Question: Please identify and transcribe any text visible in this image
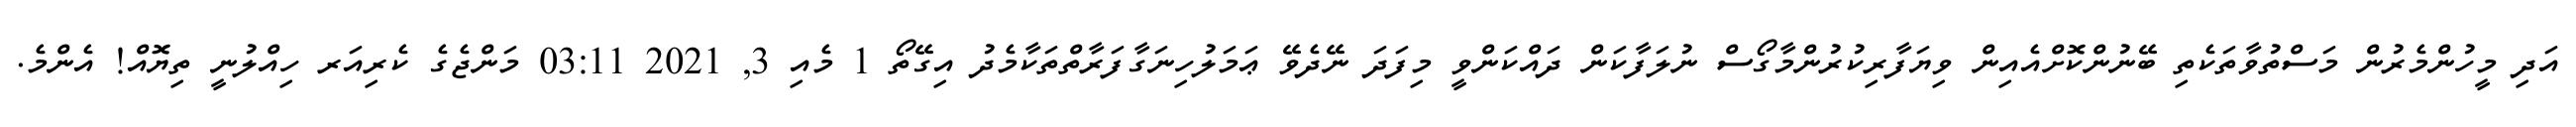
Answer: އަދި މީހުންމެރުން މަސްތުވާތަކެތި ބޭނުންކޮށްއެއިން ވިޔަފާރިކުރުންމާގޯސް ނުލަފާކަން ދައްކަންވީ މިފަދަ ނޭދެވޭ ޢަމަލުހިނަގާފަރާތްތަކާމެދު އިގޭތޯ 1 މެއި 3, 2021 03:11 މަންޖެގެ ކެރިއަރ ހިއްލުނީ ތިޔޮއް! އެންމެ.